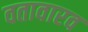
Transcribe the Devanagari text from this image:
वतावारव